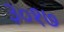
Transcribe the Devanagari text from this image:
३०१७